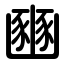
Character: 豳